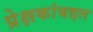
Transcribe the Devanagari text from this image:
प्रेक्षकांबद्दल